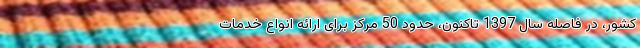
کشور، در فاصله سال 1397 تاکنون، حدود 50 مرکز برای ارائه انواع خدمات